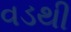
વડથી